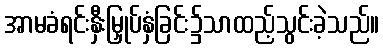
အာမခံရင်းနှီးမြှုပ်နှံခြင်း၌သာထည့်သွင်းခဲ့သည်။